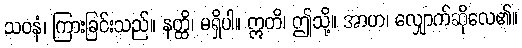
သဝနံ၊ ကြားခြင်းသည်။ နတ္ထိ၊ မရှိပါ။ ဣတိ၊ ဤသို့။ အာဟ၊ လျှောက်ဆိုလေ၏။